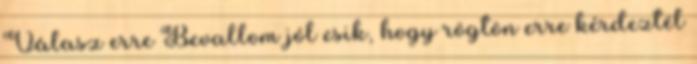
Válasz erre Bevallom jól esik, hogy rögtön erre kérdeztél